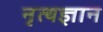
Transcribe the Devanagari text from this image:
नृत्यज्ञान